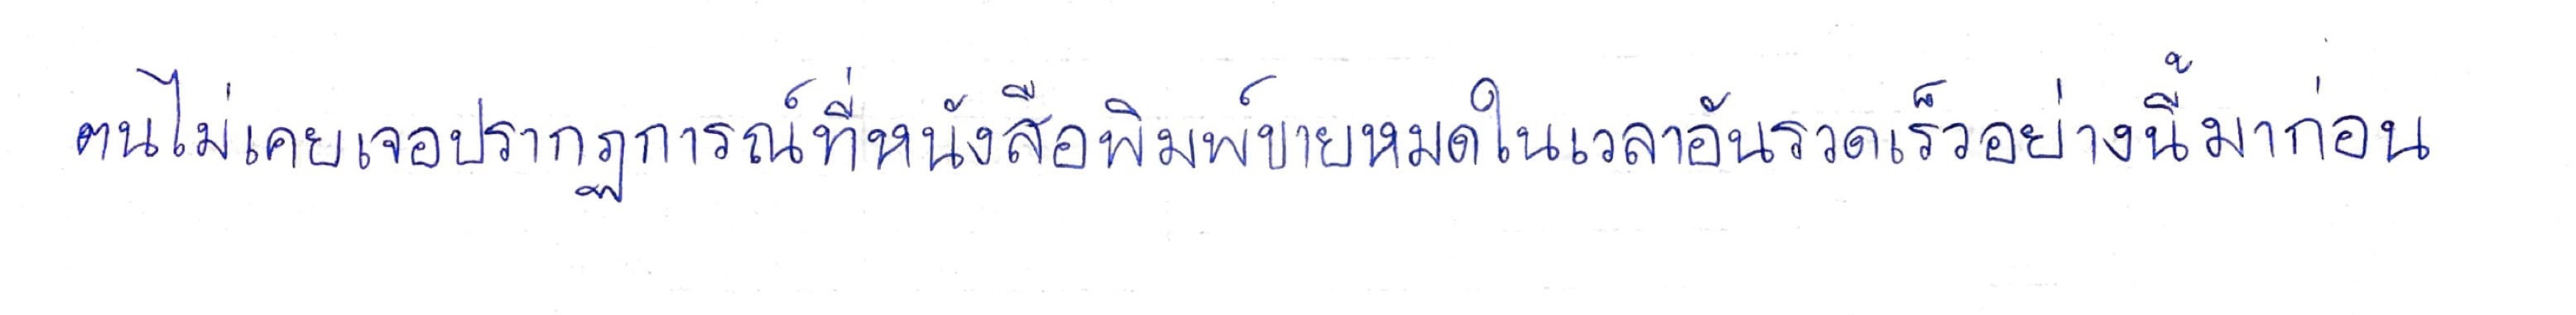
ตนไม่เคยเจอปรากฏการณ์ที่หนังสือพิมพ์ขายหมดในเวลาอันรวดเร็วอย่างนี้มาก่อน